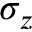
\sigma _ { z }